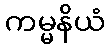
ကမ္မနိယံ